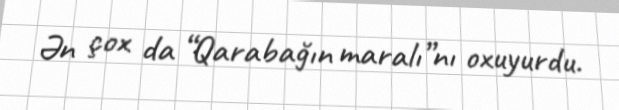
Ən çox da “Qarabağın maralı”nı oxuyurdu.